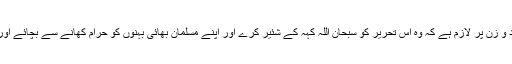
درج بالا دو واقعات سے ہر مسلمان مرد و زن پر لازم ہے کہ وہ اس تحریر کو سبحان اللہ کہہ کے شئیر کرے اور اپنے مسلمان بھائی بہنوں کو حرام کھانے سے بچائے اور کدّو کے فوائد سے رو شناس کروائے۔